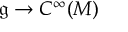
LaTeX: { \mathfrak { g } } \to C ^ { \infty } ( M )